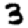
Digit: 3